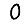
Digit: 0